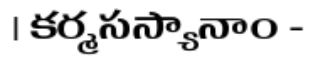
। కర్మసస్యానాం -